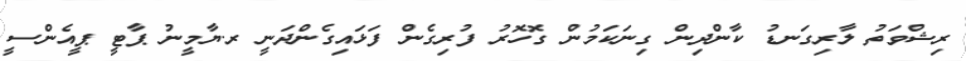
ރިޝްވަތު ލާރިގަނޑު ކާންދިން ގިނަކަމުން ގޮހޮރު ފުރިގެން ފަޅައިގެންދަނީ ރ.ޔާމީނު ޕާޓީ ޕީއެންސީ